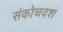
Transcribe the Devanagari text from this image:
संकोचवश